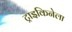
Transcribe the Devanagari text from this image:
ट्राइकिनेला